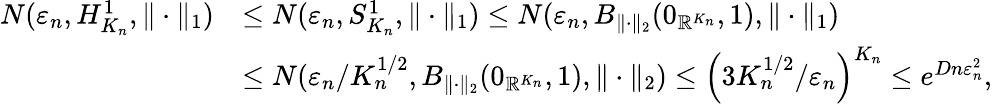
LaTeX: \begin{array}{rl}{N(\varepsilon_{n},H_{K_{n}}^{1},\| \cdot\| _{1})}&{\leq N(\varepsilon_{n},S_{K_{n}}^{1},\| \cdot\| _{1})\leq N(\varepsilon_{n},B_{\| \cdot\| _{2}}(0_{\mathbb{R}^{K_{n}}},1),\| \cdot\| _{1})}\\ &{\leq N(\varepsilon_{n}/K_{n}^{1/2},B_{\| \cdot\| _{2}}(0_{\mathbb{R}^{K_{n}}},1),\| \cdot\| _{2})\leq\Big(3K_{n}^{1/2}/\varepsilon_{n}\Big)^{K_{n}}\leq e^{Dn\varepsilon_{n}^{2}},}\end{array}